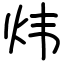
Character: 炜